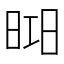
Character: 𣇖